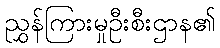
ညွှန်ကြားမှုဦးစီးဌာန၏